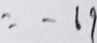
= - 1 9